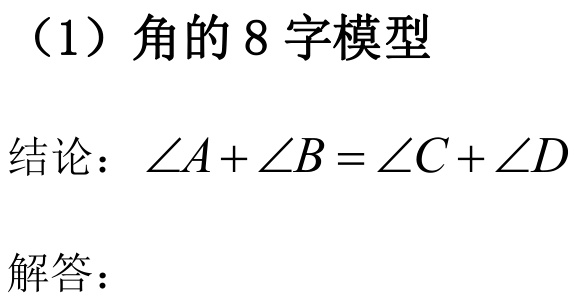
（1）角的 8 字模型
结论：\(\angle A+\angle B = \angle C+\angle D\)
解答：